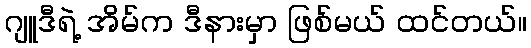
ဂျူဒီရဲ့ အိမ်က ဒီနားမှာ ဖြစ်မယ် ထင်တယ်။